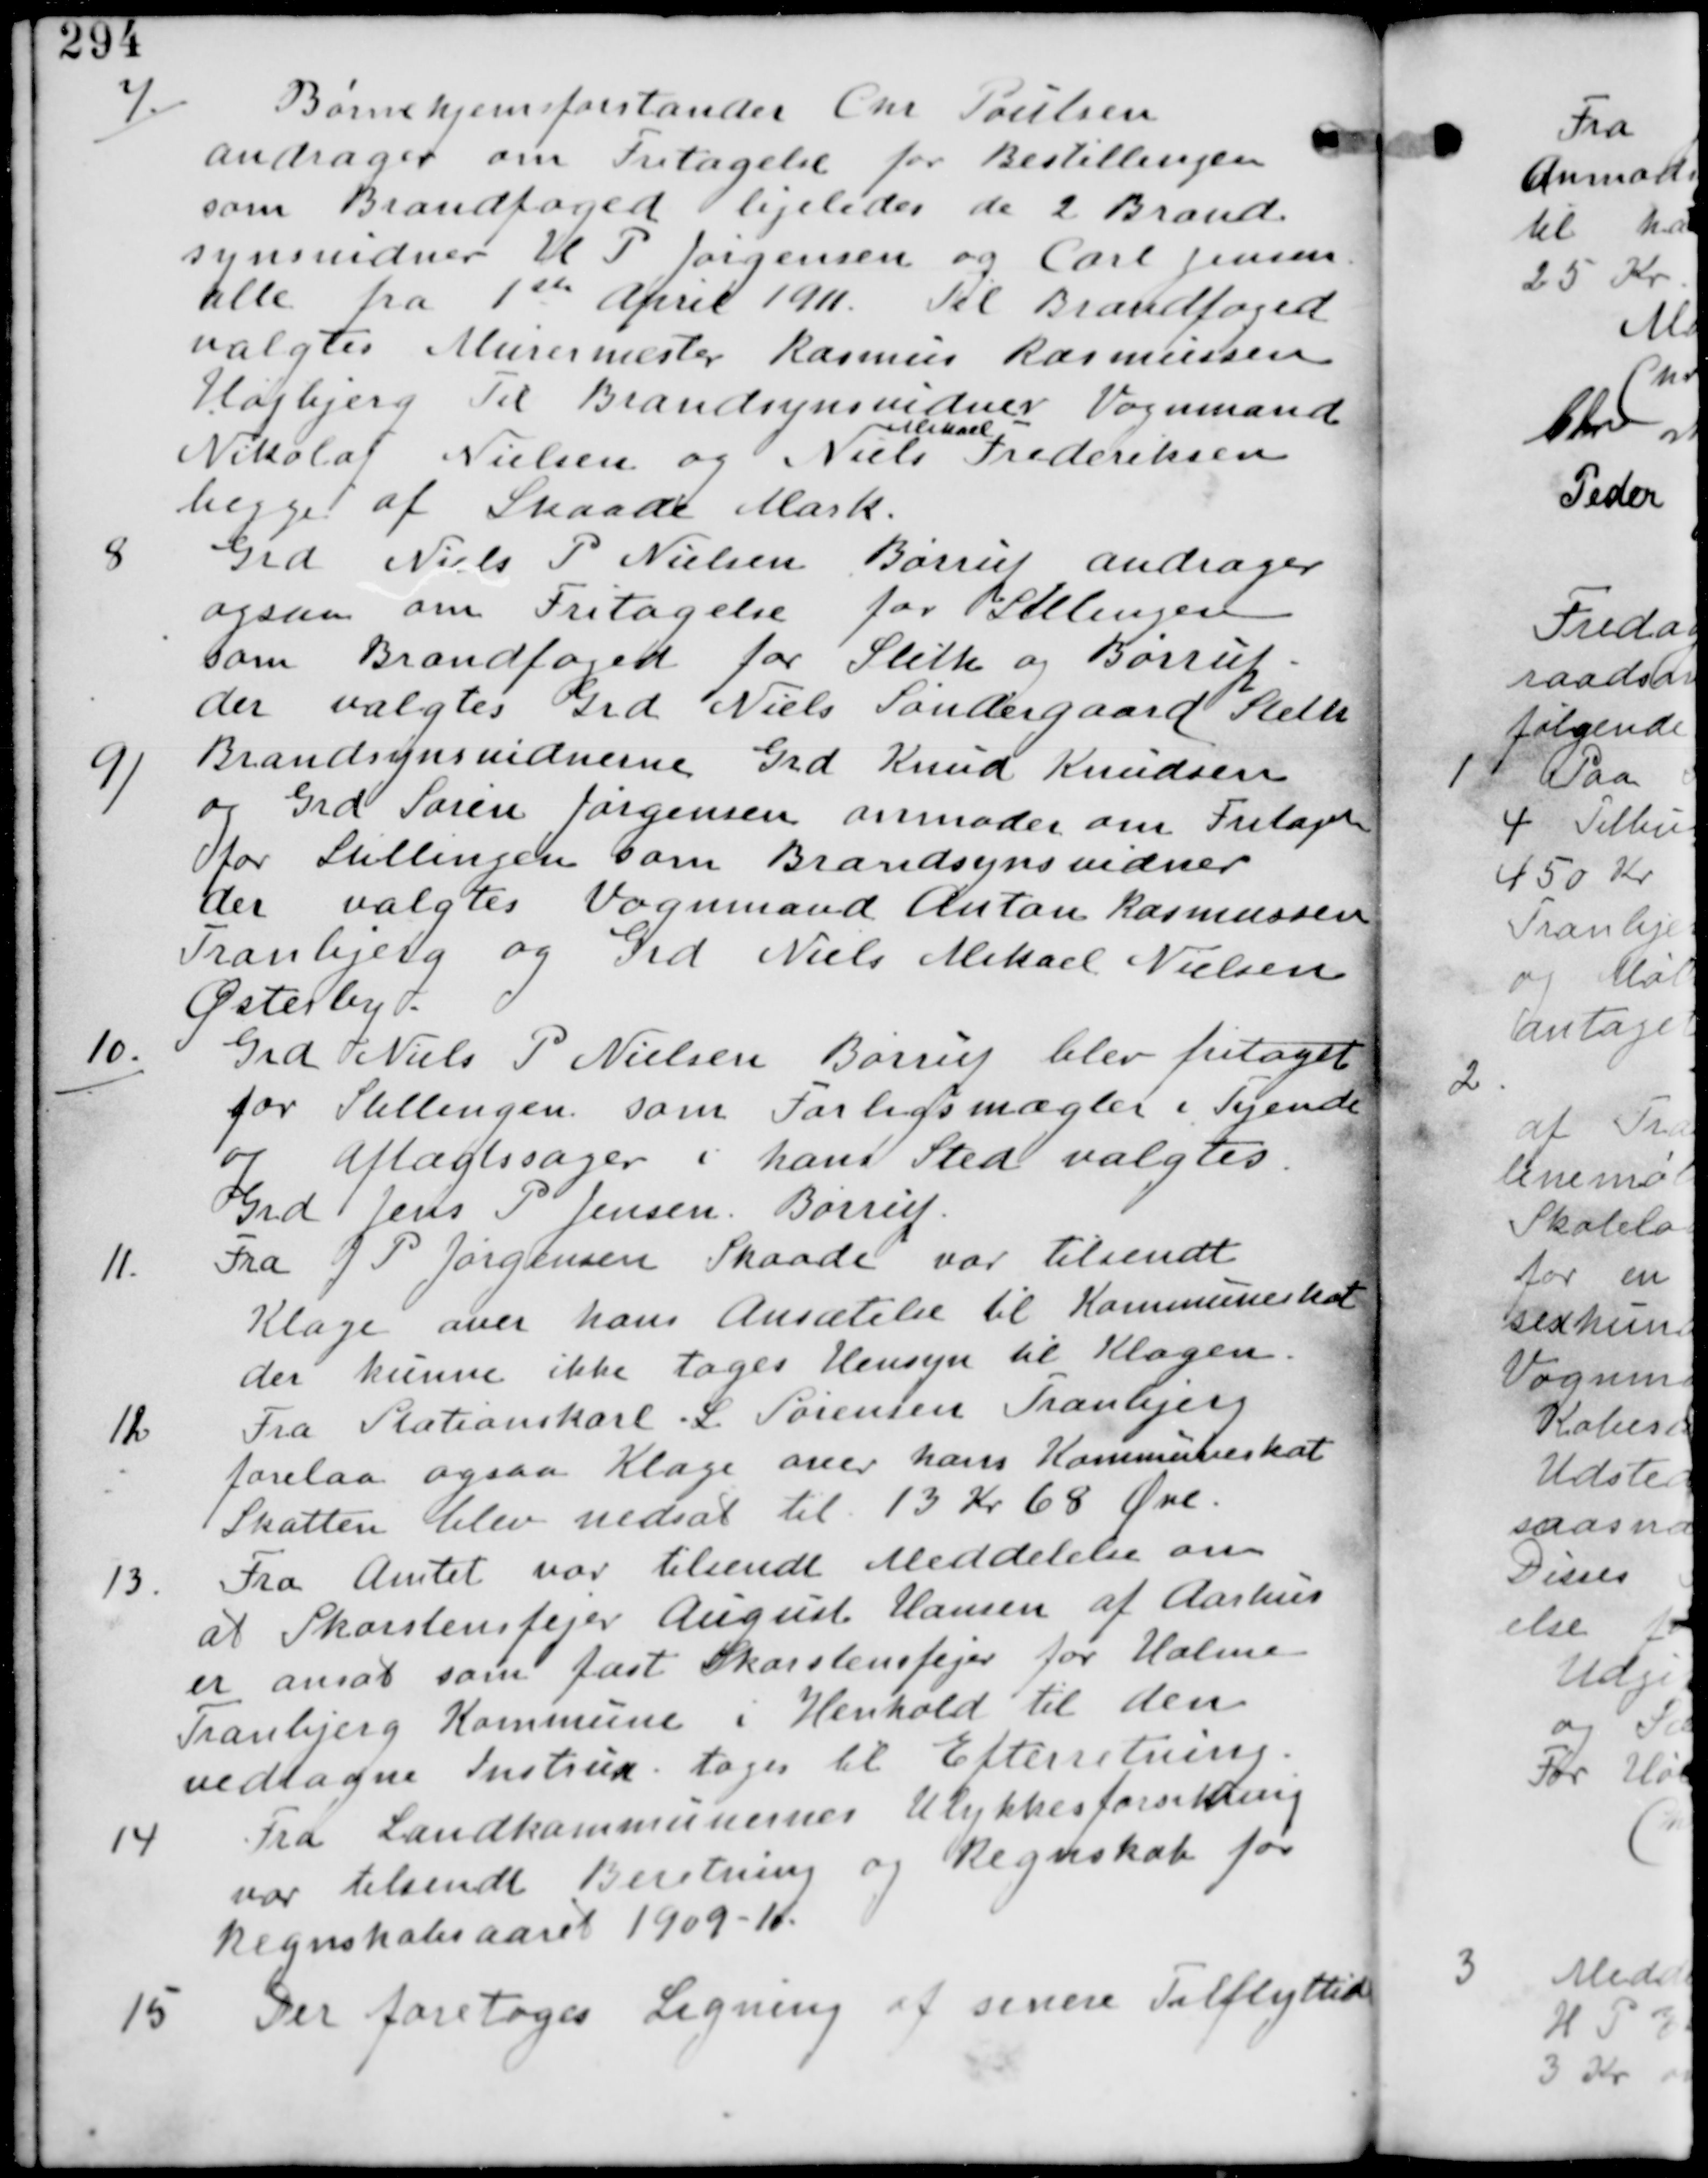
Transskription:
7/ Børnehjemsforstander Chr Poulsen
andrager om Fritagelse for Bestillingen
som Brandfoged ligeledes de 2 Brand-
synsvidner H P Jørgensen og Carl Jensen
alle fra 1ste April 1911 1911. Til Brandfoged
valgtes Murermester Rasmus Rasmussen
Højbjerg Til Brandsynsvidner Vognmand
Nikolaj Nielsen og Niels
Mikael
Frederiksen
begge af Skaade Mark.

8
Grd Niels P Nielsen Børrup andrager
også om Fritagelse for Stillingen
som Brandfoged for Sleth og Børrup
der valgtes Grd Niels Søndergaard Sleth

9/ Brandsynsvidnerne Grd Knud Knudsen
og Grd Søren Jørgensen anmoder om Fritagelse
for Stillingen som Brandsynsvidner
der valgtes Vognmand Anton Rasmussen
Tranbjerg og Grd Niels Mikael Nielsen
Østerby.

10/
Grd Niels P Nielsen Børrup blev fritaget
for Stillingen som Forligsmægler i Tyende
og aftægtssager i hans Sted valgtes
Grd Jens P Jensen Børrup

11.
Fra J P Jørgensen Skaade var tilsendt
Klage over hans Ansættelse til Kommuneskat
der kunne ikke tages Hensyn til Klagen.

12
Fra Stationskarl L Sørensen Tranbjerg
forelaa ogsaa Klage over hans Kommuneskat
Skatten blev nedsat til 13 Kr 68 Øre.

13. Fra Amtet var tilsendt Meddelelse om
at Skorstensfejer August Hansen af Aarhus
er ansat som fast Skorstensfejer for Holme
Tranbjerg Kommune i Henhold til den
vedtagne Instruks. tages til Efterretning.

14
Fra Landkommunernes Ulykkesforsikring
var tilsendt Beretning og Regnskab for
Regnskabsaaret 1909-10

15
Der foretages Ligning af senere Tilflyttede